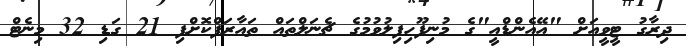
ދިރާގު ޓީވީއަށް "އޭއެންޑްއީ"ގެ މުނިފޫހިފިލުވުމުގެ ޗެނަލްތައް ތައާރަފްކޮށްފި 21 ގަޑި 32 މިނެޓް